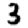
Digit: 3